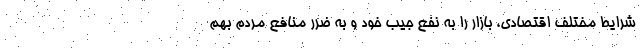
شرایط مختلف اقتصادی، بازار را به نفع جیب خود و به ضرر منافع مردم بهم